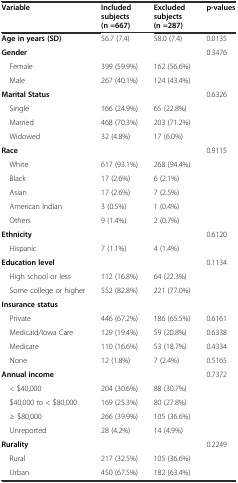
<table><thead><tr><td><b>Variable</b></td><td><b>Included subjects (n =667)</b></td><td><b>Excluded subjects (n =287)</b></td><td><b>p-values</b></td></tr></thead><tbody><tr><td><b>Age in years (SD)</b></td><td>56.7 (7.4)</td><td>58.0 (7.4)</td><td>0.0135</td></tr><tr><td><b>Gender</b></td><td></td><td></td><td>0.3476</td></tr><tr><td> Female</td><td>399 (59.9%)</td><td>162 (56.6%)</td><td></td></tr><tr><td> Male</td><td>267 (40.1%)</td><td>124 (43.4%)</td><td></td></tr><tr><td><b>Marital Status</b></td><td></td><td></td><td>0.6326</td></tr><tr><td> Single</td><td>166 (24.9%)</td><td>65 (22.8%)</td><td></td></tr><tr><td> Married</td><td>468 (70.3%)</td><td>203 (71.2%)</td><td></td></tr><tr><td> Widowed</td><td>32 (4.8%)</td><td>17 (6.0%)</td><td></td></tr><tr><td><b>Race</b></td><td></td><td></td><td>0.9115</td></tr><tr><td> White</td><td>617 (93.1%)</td><td>268 (94.4%)</td><td></td></tr><tr><td> Black</td><td>17 (2.6%)</td><td>6 (2.1%)</td><td></td></tr><tr><td> Asian</td><td>17 (2.6%)</td><td>7 (2.5%)</td><td></td></tr><tr><td> American Indian</td><td>3 (0.5%)</td><td>1 (0.4%)</td><td></td></tr><tr><td> Others</td><td>9 (1.4%)</td><td>2 (0.7%)</td><td></td></tr><tr><td><b>Ethnicity</b></td><td></td><td></td><td>0.6120</td></tr><tr><td> Hispanic</td><td>7 (1.1%)</td><td>4 (1.4%)</td><td></td></tr><tr><td><b>Education level</b></td><td></td><td></td><td>0.1134</td></tr><tr><td> High school or less</td><td>112 (16.8%)</td><td>64 (22.3%)</td><td></td></tr><tr><td> Some college or higher</td><td>552 (82.8%)</td><td>221 (77.0%)</td><td></td></tr><tr><td><b>Insurance status</b></td><td></td><td></td><td></td></tr><tr><td> Private</td><td>446 (67.2%)</td><td>186 (65.5%)</td><td>0.6161</td></tr><tr><td> Medicaid/Iowa Care</td><td>129 (19.4%)</td><td>59 (20.8%)</td><td>0.6338</td></tr><tr><td> Medicare</td><td>110 (16.6%)</td><td>53 (18.7%)</td><td>0.4334</td></tr><tr><td> None</td><td>12 (1.8%)</td><td>7 (2.4%)</td><td>0.5165</td></tr><tr><td><b>Annual income</b></td><td></td><td></td><td>0.7372</td></tr><tr><td> &lt; $40,000</td><td>204 (30.6%)</td><td>88 (30.7%)</td><td></td></tr><tr><td> $40,000 to &lt; $80,000</td><td>169 (25.3%)</td><td>80 (27.8%)</td><td></td></tr><tr><td> ≥ $80,000</td><td>266 (39.9%)</td><td>105 (36.6%)</td><td></td></tr><tr><td> Unreported</td><td>28 (4.2%)</td><td>14 (4.9%)</td><td></td></tr><tr><td><b>Rurality</b></td><td></td><td></td><td>0.2249</td></tr><tr><td> Rural</td><td>217 (32.5%)</td><td>105 (36.6%)</td><td></td></tr><tr><td> Urban</td><td>450 (67.5%)</td><td>182 (63.4%)</td><td></td></tr></tbody></table>